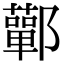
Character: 鄿